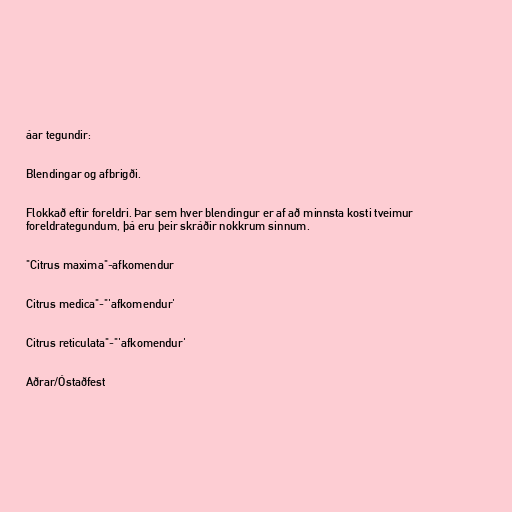
áar tegundir:

Blendingar og afbrigði.

Flokkað eftir foreldri. Þar sem hver blendingur er af að minnsta kosti tveimur
foreldrategundum, þá eru þeir skráðir nokkrum sinnum.

"Citrus maxima"-afkomendur

Citrus medica"-"'afkomendur'

Citrus reticulata"-"'afkomendur'

Aðrar/Óstaðfest